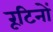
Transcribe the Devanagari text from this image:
रूटिनों